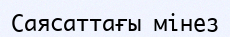
Саясаттағы мінез